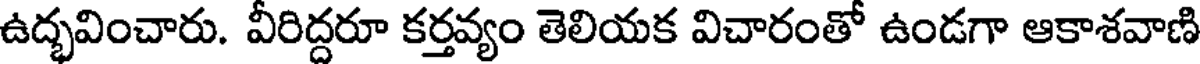
ఉద్భవించారు. వీరిద్దరూ కర్తవ్యం తెలియక విచారంతో ఉండగా ఆకాశవాణి